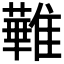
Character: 𩀵